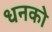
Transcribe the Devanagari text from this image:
धनको